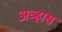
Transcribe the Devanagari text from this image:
अव्ह्रास